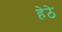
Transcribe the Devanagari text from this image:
हेठे